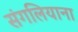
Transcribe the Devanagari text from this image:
संगलियाना